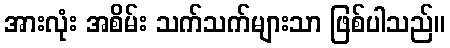
အားလုံး အစိမ်း သက်သက်များသာ ဖြစ်ပါသည်။